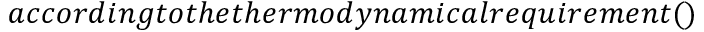
a c c o r d i n g t o t h e t h e r m o d y n a m i c a l r e q u i r e m e n t ( )